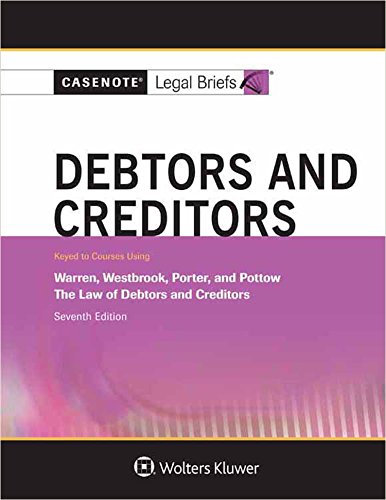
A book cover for Casenote Legal Briefs: Debtors & Creditors, Keyed to Warren, Westbrook, Porter, and Pottow; Casenote Legal Briefs; Law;